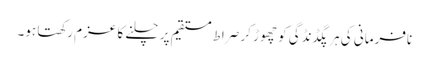
نافرمانی کی ہر پگڈنڈگی کو چھوڑ کر صراط مستقیم پر چلنے کا عزم رکھتا ہو۔